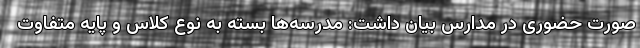
صورت حضوری در مدارس بیان داشت: مدرسه‌ها بسته به نوع کلاس و پایه متفاوت